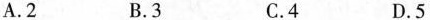
A.2 B.3 C.4 D.5